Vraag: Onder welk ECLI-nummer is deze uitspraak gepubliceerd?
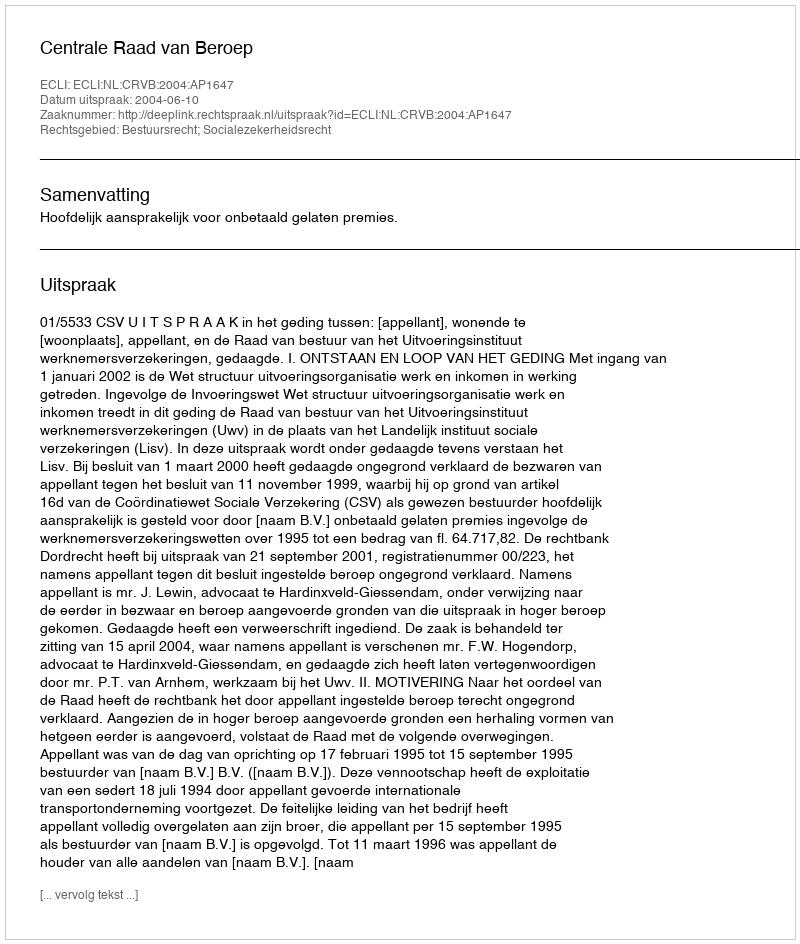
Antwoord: ECLI:NL:CRVB:2004:AP1647